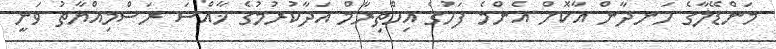
މަންޑޭލާގެ ހަނދާން އާކޮށް އެންމެ ފަހުގެ އިހްތިރާމް އަދާކުރުމުގެ ޚާއްސަ ރަސްމިއްޔާތު ވަނީ